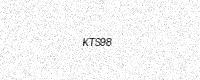
Text: KTS98